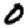
Digit: 0